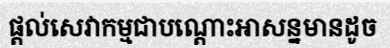
ផ្តល់សេវាកម្មជាបណ្តោះអាសន្នមានដូច